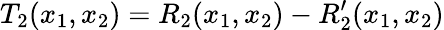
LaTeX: T_{2}(x_{1},x_{2})=R_{2}(x_{1},x_{2})-R_{2}^{\prime}(x_{1},x_{2})